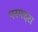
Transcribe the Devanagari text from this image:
परमदरा